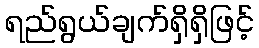
ရည်ရွယ်ချက်ရှိရှိဖြင့်